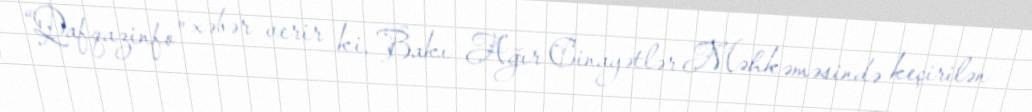
“Qafqazinfo” xəbər verir ki, Bakı Ağır Cinayətlər Məhkəməsində keçirilən